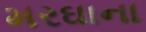
મરઘાના